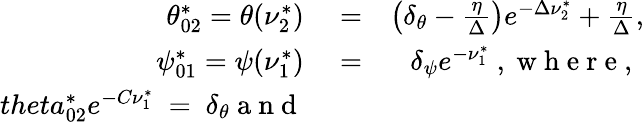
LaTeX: \begin{array}{rlr}{\theta_{02}^{*}=\theta(\nu_{2}^{*})}&{{}=}&{\left(\delta_{\theta}-\frac{\eta}{\Delta}\right)e^{-\Delta\nu_{2}^{*}}+\frac{\eta}{\Delta},}\\ {\psi_{01}^{*}=\psi(\nu_{1}^{*})}&{{}=}&{\delta_{\psi}e^{-\nu_{1}^{*}}\mathrm{~,~w~h~e~r~e~,~}}\\ {theta_{02}^{*}e^{-C\nu_{1}^{*}}\ =\ \delta_{\theta}\mathrm{~a~n~d~}}\end{array}